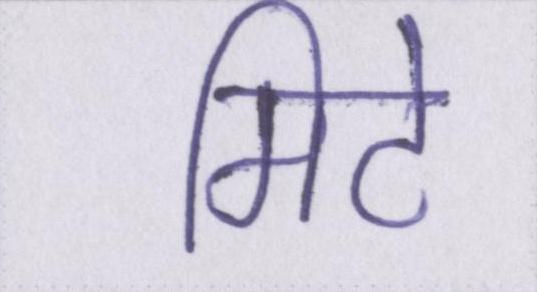
मिटे